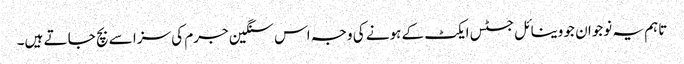
تاہم یہ نوجوان جو وینا ئل جسٹس ایکٹ کے ہونے کی وجہ اس سنگین جرم کی سزا سے بچ جا تے ہیں۔